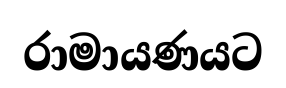
රාමායණයට